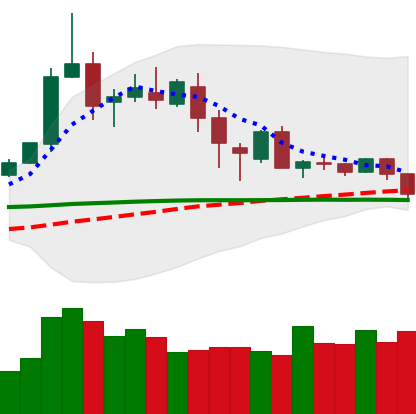
Ticker: DOGE-USD
Chart end date: 2020-02-25
Forward return: -8.118%
Label: down_7plus